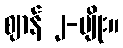
ဈာန် ၂-မျိုး။